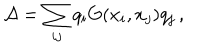
{ \cal A } = \sum _ { i j } q _ { i } G ( x _ { i } , x _ { j } ) q _ { j } \, ,